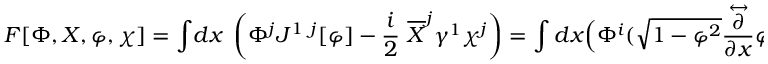
F [ \Phi , X , \varphi , \chi ] = \int \! d x \; \left( \Phi ^ { j } J ^ { 1 ~ j } [ \varphi ] - \frac i 2 ~ \overline { { X } } ^ { j } \gamma ^ { 1 } \chi ^ { j } \right) = \int d x \Bigl ( \Phi ^ { i } ( \sqrt { 1 - { \varphi } ^ { 2 } } \frac { \stackrel { \leftrightarrow } { \partial } } { \partial x } \varphi ^ { i } + \varepsilon ^ { i j k } \varphi ^ { j } \frac \partial { \partial x } \varphi ^ { k } ) - \frac i 2 \overline { { X } } ^ { j } \gamma ^ { 1 } \chi ^ { j } \Bigr ) ~ .